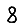
Digit: 8